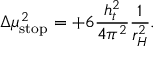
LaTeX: \Delta \mu _ { \mathrm { s t o p } } ^ { 2 } = + 6 \frac { h _ { t } ^ { 2 } } { 4 \pi ^ { 2 } } \frac { 1 } { r _ { H } ^ { 2 } } .